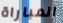
المباراة